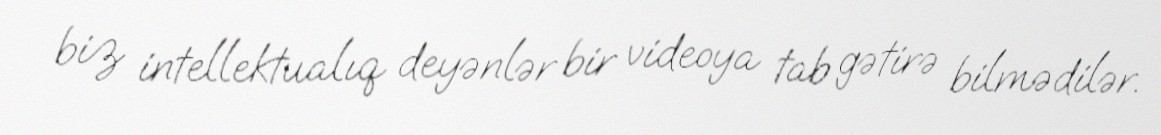
biz intellektualıq deyənlər bir videoya tab gətirə bilmədilər.